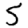
Digit: 5